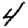
Digit: 4